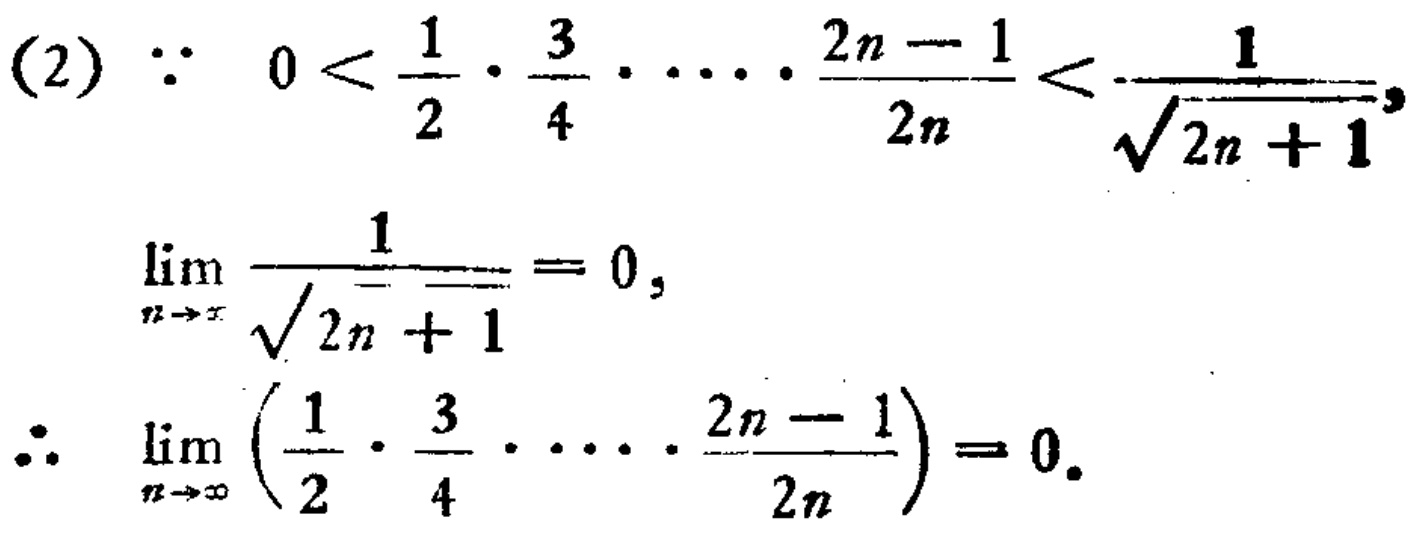
(2) $\because 0 < \frac{1}{2} \cdot \frac{3}{4} \cdot \cdots \cdot \frac{2n - 1}{2n} < \frac{1}{\sqrt{2n + 1}}$,
$\lim_{n \to \infty} \frac{1}{\sqrt{2n + 1}} = 0$,
$\therefore \lim_{n \to \infty} \left(\frac{1}{2} \cdot \frac{3}{4} \cdot \cdots \cdot \frac{2n - 1}{2n}\right) = 0$.